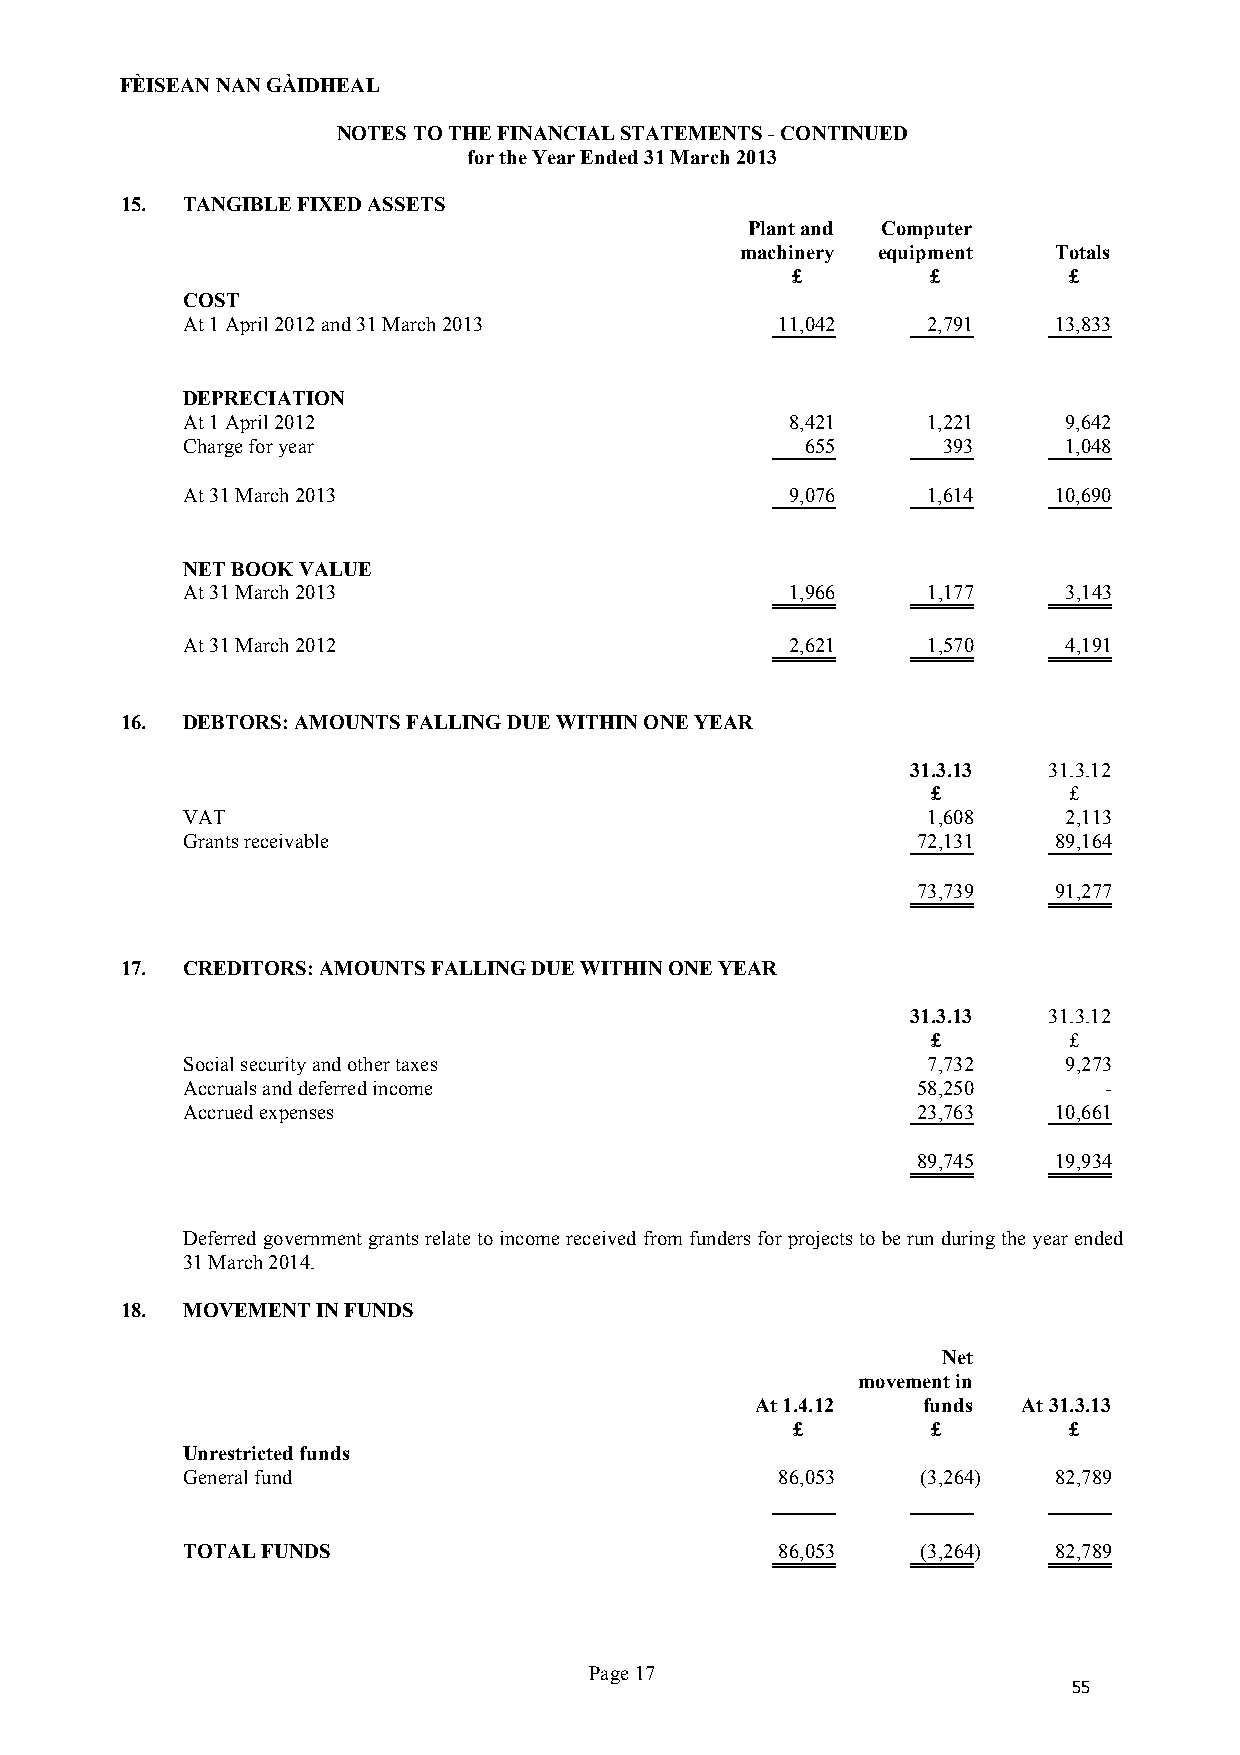
FÈISEAN NAN GÀIDHEAL
 NOTES TO THE FINANCIAL STATEMENTS - CONTINUED
 for the Year Ended 31 March 2013
 15. TANGIBLE FIXED ASSETS
 Plant and Computer
 machinery equipment  Totals
 £         £        £
 COST
 At 1 April 2012 and 31 March 2013       11,042   2,791    13,833
 DEPRECIATION
 At 1 April 2012                         8,421    1,221    9,642
 Charge for year                          655      393     1,048
 At 31 March 2013                        9,076    1,614    10,690
 NET BOOK VALUE
 At 31 March 2013                        1,966    1,177     3,143
 At 31 March 2012                        2,621    1,570     4,191
 16. DEBTORS: AMOUNTS FALLING DUE WITHIN ONE YEAR
 31.3.13  31.3.12
 £        £
 VAT                                              1,608     2,113
 Grants receivable                                72,131   89,164
 73,739   91,277
 17. CREDITORS: AMOUNTS FALLING DUE WITHIN ONE YEAR
 31.3.13  31.3.12
 £        £
 Social security and other taxes                  7,732     9,273
 Accruals and deferred income                     58,250      -
 Accrued expenses                                 23,763   10,661
 89,745   19,934
 Deferred government grants relate to income received from funders for projects to be run during the year ended
 31 March 2014.
 18. MOVEMENT IN FUNDS
 Net
 movement in
 At 1.4.12  funds  At 31.3.13
 £         £        £
 Unrestricted funds
 General fund                            86,053   (3,264)  82,789
 TOTAL FUNDS                             86,053   (3,264)  82,789
 Page 17
 55